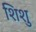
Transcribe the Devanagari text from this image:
शिशु